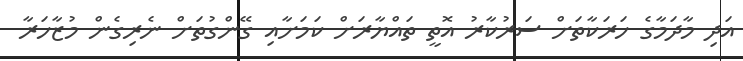
އަދި މާދަމާގެ ހަރަކާތަށް ސަރުކާރު އޮތީ ތައްޔާރަށް ކަމަށާއި ގޭންގުތަށް ނެރިގެން މުޒާހަރާ